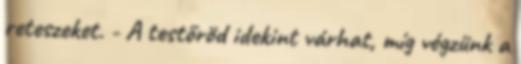
reteszeket. - A testőröd idekint várhat, míg végzünk a